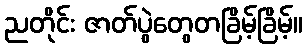
ညတိုင်း ဇာတ်ပွဲတွေတခြိမ့်ခြိမ့်။